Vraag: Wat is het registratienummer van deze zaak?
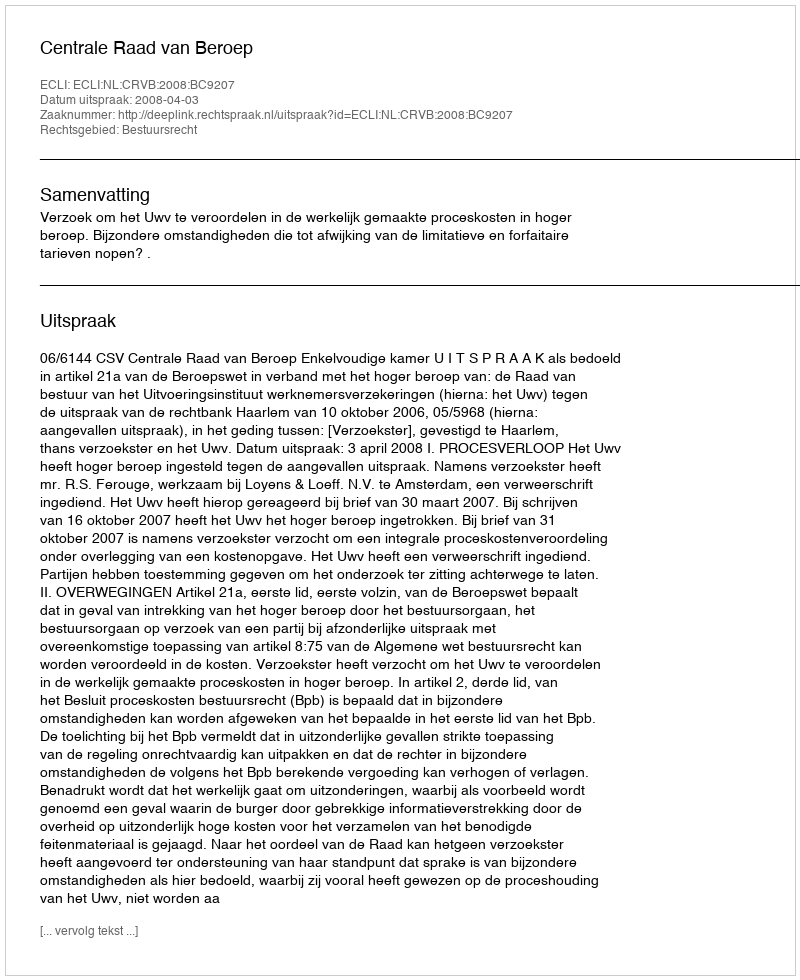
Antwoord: http://deeplink.rechtspraak.nl/uitspraak?id=ECLI:NL:CRVB:2008:BC9207